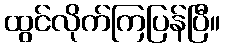
ထွင်လိုက်ကြပြန်ပြီ။